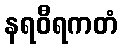
နရဝီရကတံ